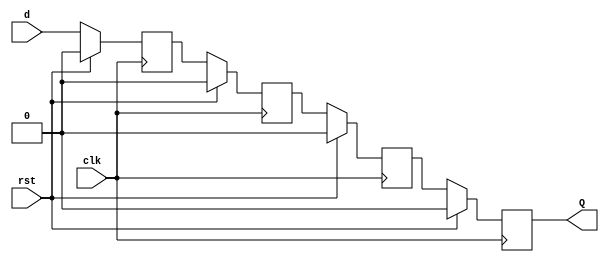
module shift_reg_4bit (d,rst,clk,Q);
input d,rst,clk;
reg q0,q1,q2;
output reg Q;
always @ (posedge clk)
if (rst)
q0 <= 0;
else 
q0 <= d;
always @(posedge clk)
if (rst)
q1 <= 0;
else
q1 <= q0;
always @(posedge clk)
if(rst)
q2 <= 0;
else
q2 <= q1;
always @(posedge clk)
if (rst)
Q <= 0;
else 
Q <= q2;
endmodule